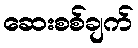
ဆေးစစ်ချက်